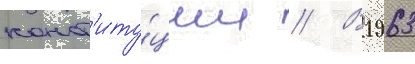
конст'иту́ции // В 1963